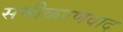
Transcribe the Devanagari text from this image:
समीकरणवाद